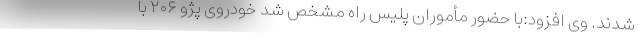
شدند. وی افزود:با حضور مأموران پلیس راه مشخص شد خودروی پژو ۲۰۶ با